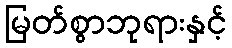
မြတ်စွာဘုရားနှင့်